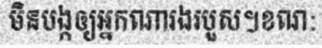
មិនបង្កឲ្យអ្នកណារងរបួស។ខណ: